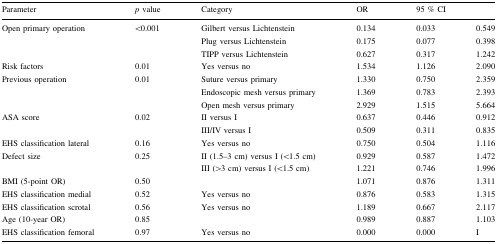
| Parameter | p value | Category | OR | <COLSPAN=2> 95 % CI |
 | --- | --- | --- | --- | --- | --- |
 | <ROWSPAN=3> Open primary operation | <ROWSPAN=3> <0.001 | Gilbert versus Lichtenstein | 0.134 | 0.033 | 0.549 |
 | Plug versus Lichtenstein | 0.175 | 0.077 | 0.398 |
 | TIPP versus Lichtenstein | 0.627 | 0.317 | 1.242 |
 | Risk factors | 0.01 | Yes versus no | 1.534 | 1.126 | 2.090 |
 | <ROWSPAN=3> Previous operation | <ROWSPAN=3> 0.01 | Suture versus primary | 1.330 | 0.750 | 2.359 |
 | Endoscopic mesh versus primary | 1.369 | 0.783 | 2.393 |
 | Open mesh versus primary | 2.929 | 1.515 | 5.664 |
 | <ROWSPAN=2> ASA score | <ROWSPAN=2> 0.02 | II versus I | 0.637 | 0.446 | 0.912 |
 | III/IV versus I | 0.509 | 0.311 | 0.835 |
 | EHS classification lateral | 0.16 | Yes versus no | 0.750 | 0.504 | 1.116 |
 | <ROWSPAN=2> Defect size | <ROWSPAN=2> 0.25 | II (1.5–3 cm) versus I (<1.5 cm) | 0.929 | 0.587 | 1.472 |
 | III (>3 cm) versus I (<1.5 cm) | 1.221 | 0.746 | 1.996 |
 | BMI (5-point OR) | 0.50 |  | 1.071 | 0.876 | 1.311 |
 | EHS classification medial | 0.52 | Yes versus no | 0.876 | 0.583 | 1.315 |
 | EHS classification scrotal | 0.56 | Yes versus no | 1.189 | 0.667 | 2.117 |
 | Age (10-year OR) | 0.85 |  | 0.989 | 0.887 | 1.103 |
 | EHS classification femoral | 0.97 | Yes versus no | 0.000 | 0.000 | I |